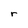
Character: r